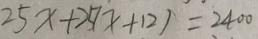
2 5 x + 2 5 ( x + 1 2 ) = 2 4 0 0